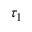
\tau _ { 1 }